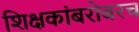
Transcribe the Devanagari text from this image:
शिक्षकांबरोबरच